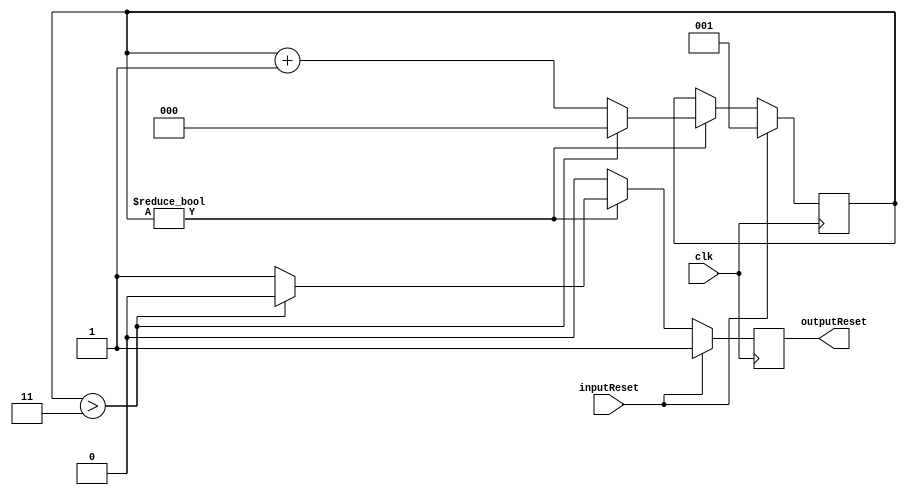
/*	LEDdecoder module
*
*	University of Thessaly 
*	Electrical and Computer Engineering Department
*	CE430 Course
*
*	Patsianotakis Charalampos cpatsianotakis@uth.gr
*
*	Module that makes reset signal suitable for DCM
*/

module resetForDCM(clk, inputReset, outputReset);

input clk, inputReset;
output outputReset;

reg outputResetReg;

reg [2:0] counter;

always @(posedge clk) 
begin
	
	if(inputReset)
	begin
		counter = 1;	
		outputResetReg = 1;
	end

	else
	begin

		if(counter != 0)
		begin

			if(counter > 3)
			begin
				outputResetReg = 0;
				counter = 0;
			end

			else 
			begin
				outputResetReg = 1;
				counter = counter + 1;
			end

		end

		else 
		begin
			outputResetReg = 0;	
		end
			
	end
	
end

assign outputReset = outputResetReg;

endmodule